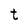
Character: t